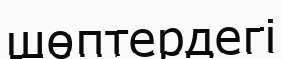
шөптердегі